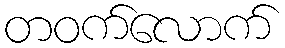
တဝက်လောက်